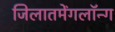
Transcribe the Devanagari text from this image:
जिलातमेंगलॉन्ग